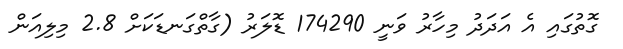
ގޮތުގަައި އެ އަދަދު މިހާރު ވަނީ 174290 ޑޮލަރު (ގާތްގަނޑަކަށް 2.8 މިލިއަން